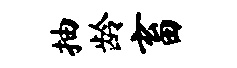
抽龄畜